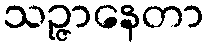
သဉ္ဇာနေတာ